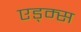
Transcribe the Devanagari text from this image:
एड्म्स